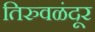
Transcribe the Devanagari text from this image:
तिरुवळंदूर